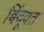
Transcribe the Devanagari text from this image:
बिंदूवत